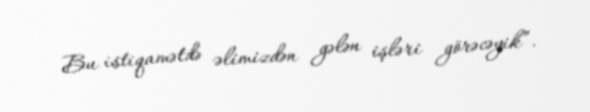
Bu istiqamətdə əlimizdən gələn işləri görəcəyik”.